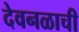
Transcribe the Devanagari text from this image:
देवनळाची